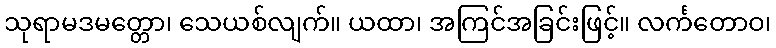
သုရာမဒမတ္တော၊ သေယစ်လျက်။ ယထာ၊ အကြင်အခြင်းဖြင့်။ လင်္ကတောဝ၊